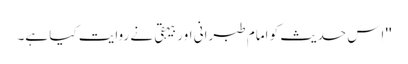
'' اِس حدیث کو امام طبرانی اور بیہقی نے روایت کیا ہے۔